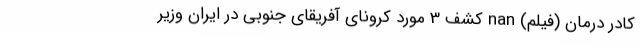
کادر درمان (فیلم) nan کشف 3 مورد کرونای آفریقای جنوبی در ایران وزیر